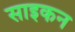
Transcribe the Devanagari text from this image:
साइकन